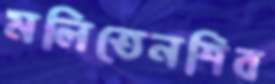
মলিতেনশিব